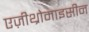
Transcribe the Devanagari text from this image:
एज़ीथ्रोमाइसीन